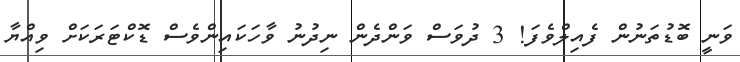
ވަނީ ބޮޑުތަނުން ފެއިލްވެފަ! 3 ދުވަސް ވަންދެން ނިދުނު ވާހަކައިންވެސް ޑޮކްޓަރަކަށް ވިއްޔާ